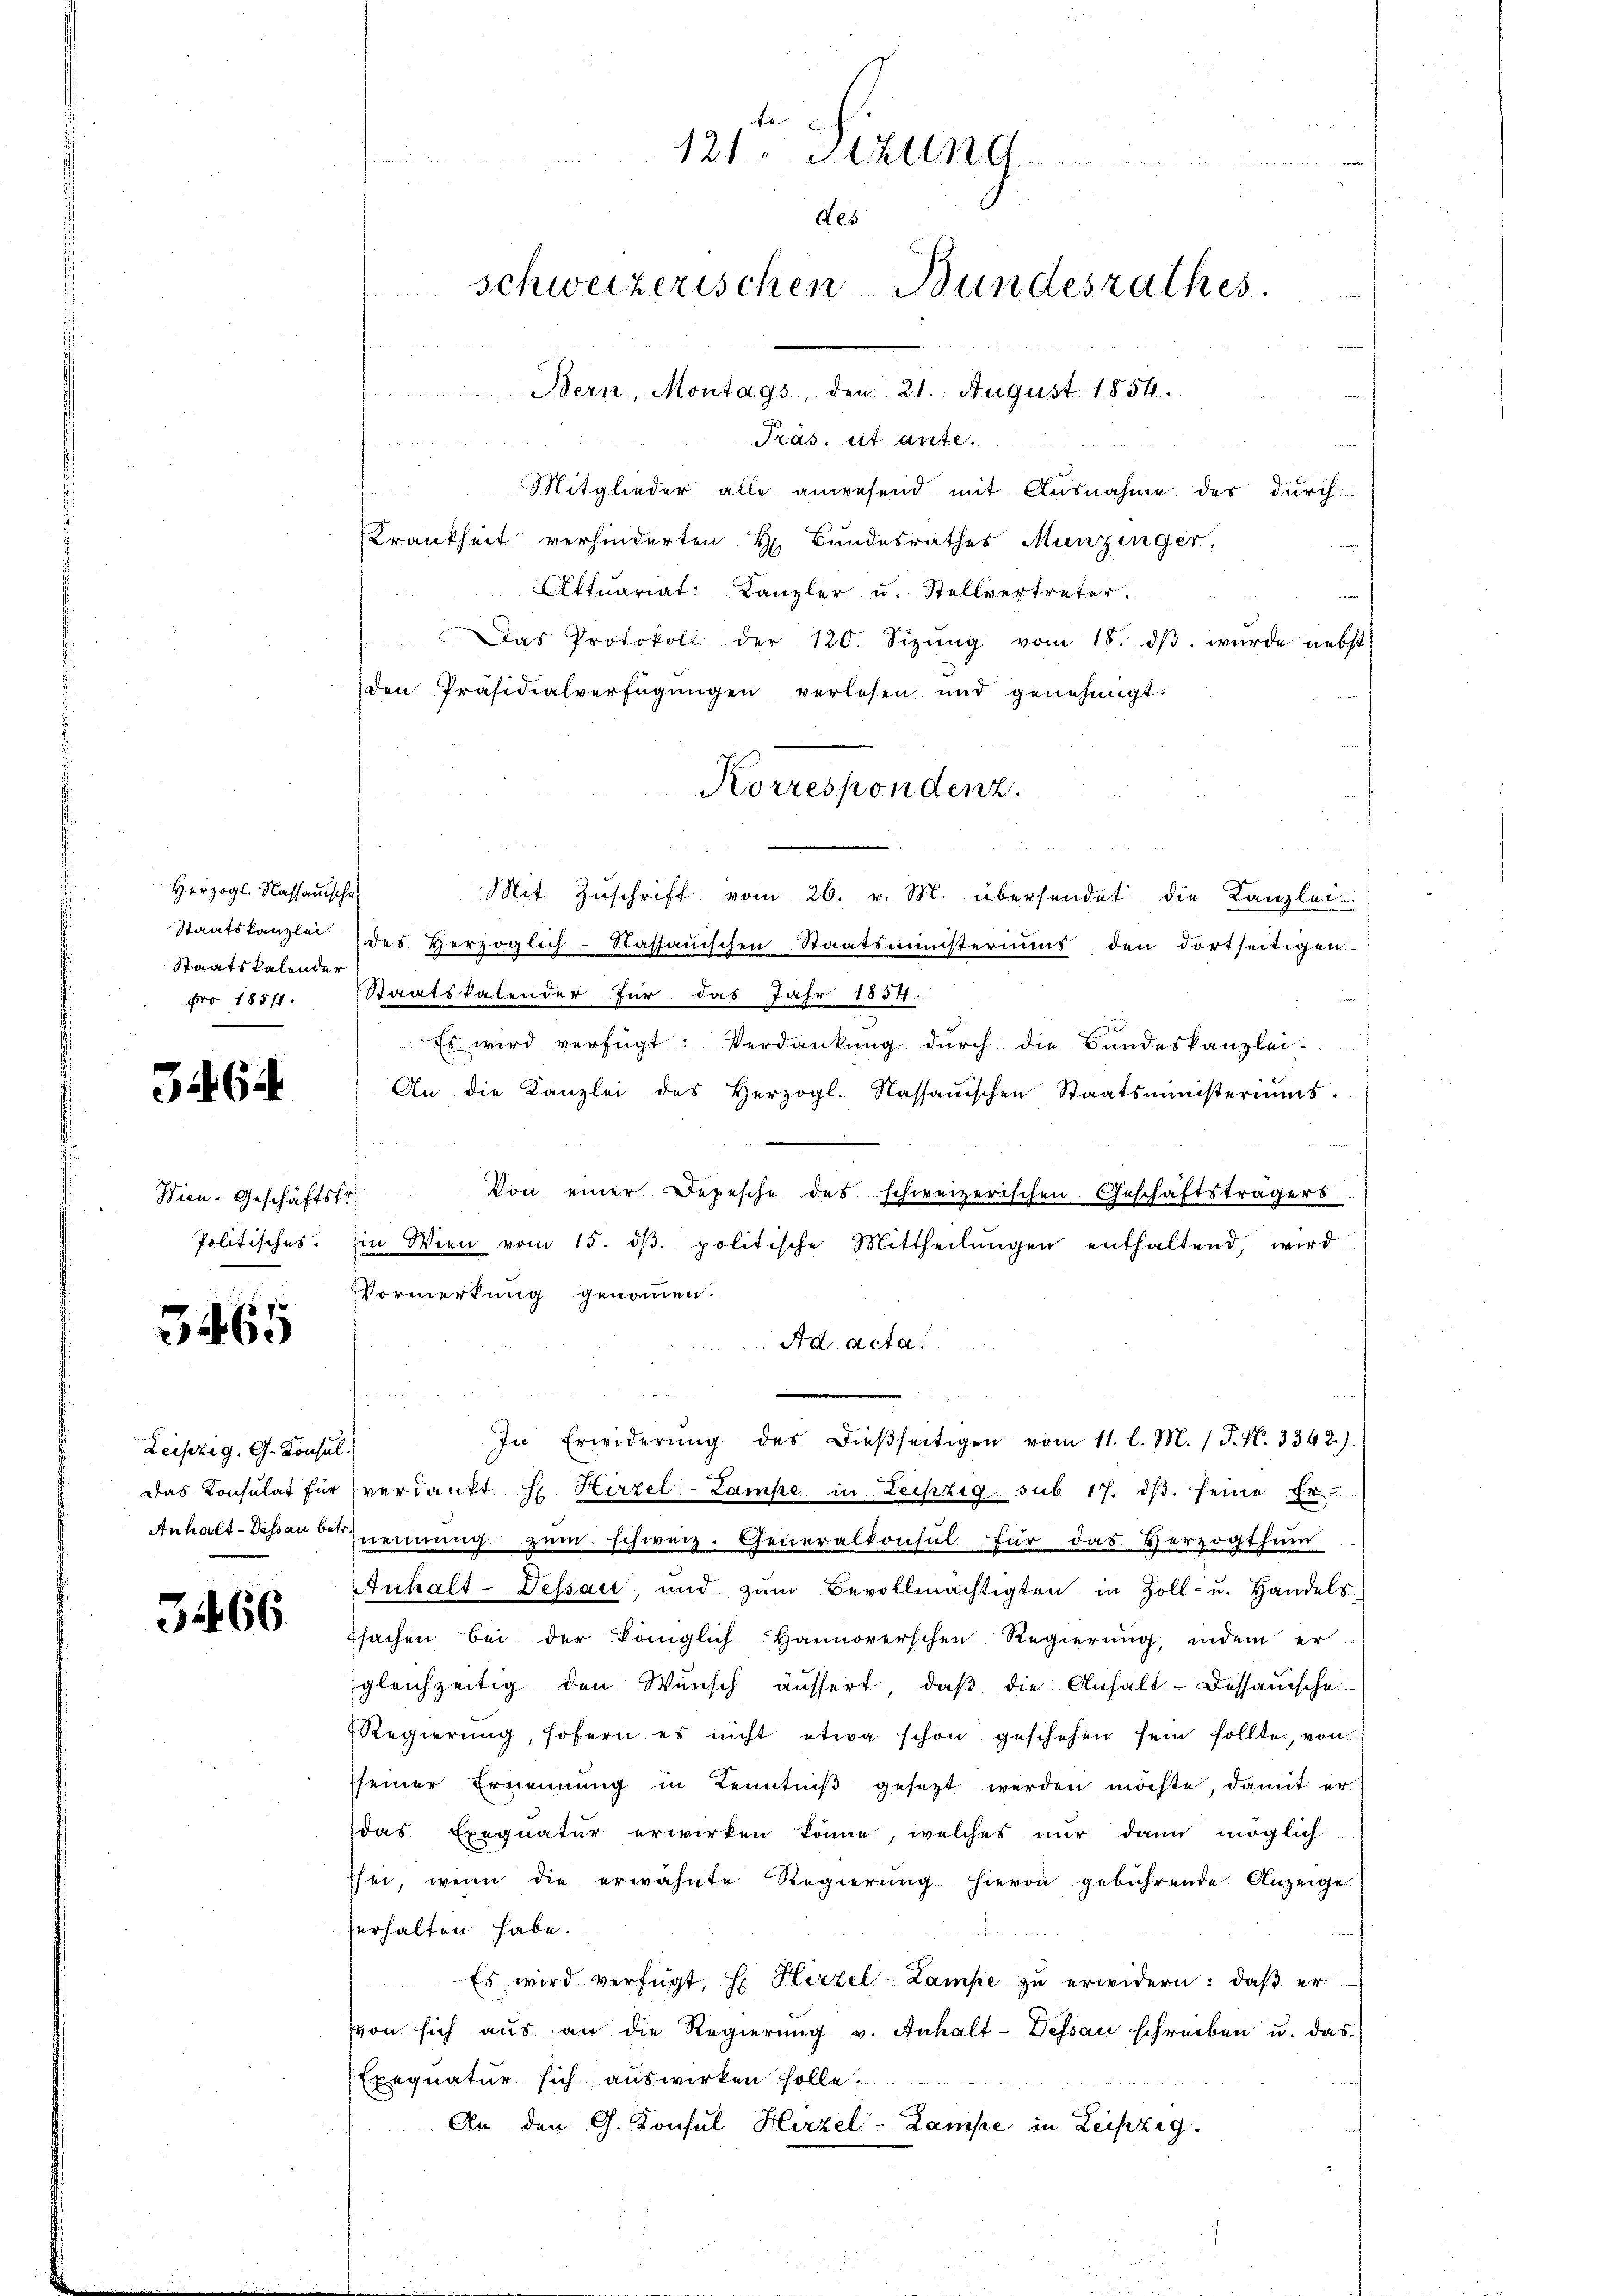
Herzogl. Kassauische
Staatskalender
pro 18571.

3462

3

Politisches.

465

Leipzig. G. Konsul
Das Konsulat für
Anhalt-Dessau betr.

3466.

Präs. eit ante.
Mitglieder alle anwesend mit Ausnahme des durch
Krankheit verhinderten H. Bundesrathes Munzinger.
Aktuariat: Kanzler u. Stellvertreter.
Das Protokoll der 120. Sizŭng vom 18. dβ wŭrde nebst
den Präsidialverfügŭngen verlesen und genehmigt.
Mit Zŭschrift vom 26. v. M. übersendet die Kanzlei
Staatskanzlei des Herzoglich-Kassauischen Staatsministeriums den dortseitigen
Staatskalender für das Jahr 1854.
e
Es wird verfügt: Verdankŭng dŭrch die Bŭndeskanzlei.
An die Kanzlei des Herzogl. Kassauischen Staatsministeriums.
Wien. Geschäftsfr. Von einer Depesche des schweizerischen Geschäftsträgers
in Wien vom 15. dβ. politische Mittheilŭngen enthaltend, wird
Vormerkung genommen.
Ad acta.
In Erwiderŭng des dieβseitigen vom 11. l. M. (T. N. 3342).
verdankt Hr. Hirzel-Lampe in Leipzig sub 17. dβ. seine Er
nennung zum schweiz. Generalkonsul für das Herzogthum
Anhalt-Dessau, und zŭm Bevollmächtigten in Zoll- u. Handels-
fsachen bei der Königlich Hannoverschen Regierung, indem er
gleichzeitig den Wunsch äussert, daß die Anhalt-Dessauische
Regierung, sofern es nicht etwa schon geschehen sein sollte, von
seiner Ernennung in Kenntniβ gesezt werden möchte, damit er
das Exequatur erwirken könne, welches nur dann möglich
sei, wenn die erwähnte Regierŭng hievon gebührende Anzeige
erhalten habe.
d
Es wird verfügt, H. Hirzel-Lampe zu erwidern: daß er
von sich aus an die Regierŭng v. Anhalt-Dessau schreiben u. das
Exequatur sich auswirken solle.
An den G. Konsul Hirzel-Lampe in Leipzig.

121 Atzun
des
schweizerischen Bundesrathes
Bern, Montags, den 21. August 1854.

Korrespondenz.